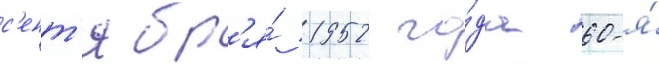
с'ент'ябр'я́ 1952 го́да 60-я́